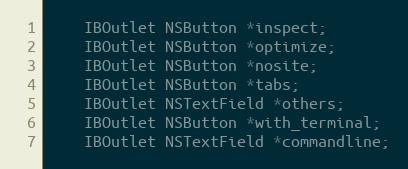
Language: C
    IBOutlet NSButton *inspect;
    IBOutlet NSButton *optimize;
    IBOutlet NSButton *nosite;
    IBOutlet NSButton *tabs;
    IBOutlet NSTextField *others;
    IBOutlet NSButton *with_terminal;
    IBOutlet NSTextField *commandline;